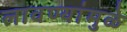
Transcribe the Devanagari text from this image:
लावण्यांमुळे